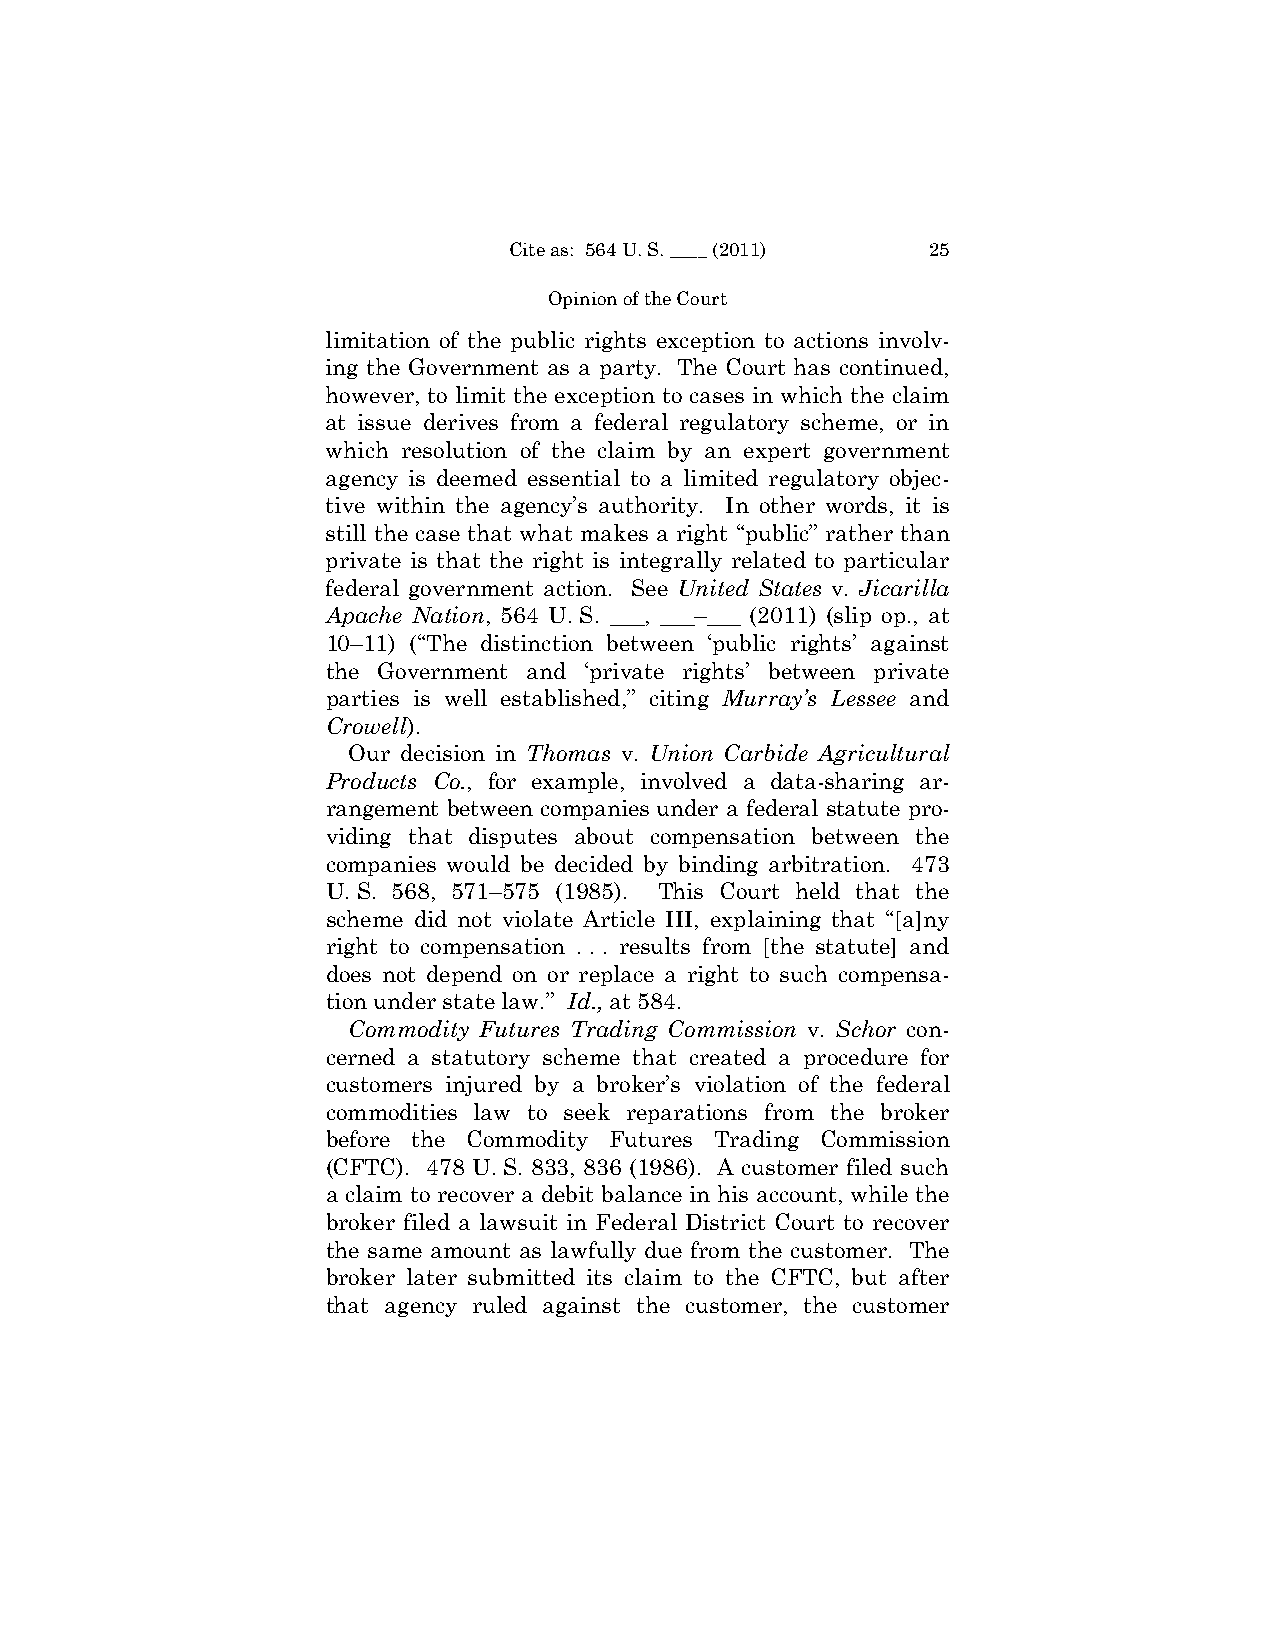
Cite as: 564 U. S. ____ (2011) 25
 Opinion of the Court
 limitation of the public rights exception to actions involv­
 ing the Government as a party. The Court has continued,
 however, to limit the exception to cases in which the claim
 at issue derives from a federal regulatory scheme, or in
 which resolution of the claim by an expert government
 agency is deemed essential to a limited regulatory objec­
 tive within the agency’s authority. In other words, it is
 still the case that what makes a right “public” rather than
 private is that the right is integrally related to particular
 federal government action. See United States v. Jicarilla
 Apache Nation, 564 U. S. ___, ___–___ (2011) (slip op., at
 10–11) (“The distinction between ‘public rights’ against
 the Government and ‘private rights’ between private
 parties is well established,” citing Murray’s Lessee and
 Crowell).
 Our decision in Thomas v. Union Carbide Agricultural
 Products Co., for example, involved a data-sharing ar­
 rangement between companies under a federal statute pro­
 viding that disputes about compensation between the
 companies would be decided by binding arbitration. 473
 U. S. 568, 571–575 (1985). This Court held that the
 scheme did not violate Article III, explaining that “[a]ny
 right to compensation . . . results from [the statute] and
 does not depend on or replace a right to such compensa­
 tion under state law.” Id., at 584.
 Commodity Futures Trading Commission v. Schor con­
 cerned a statutory scheme that created a procedure for
 customers injured by a broker’s violation of the federal
 commodities law to seek reparations from the broker
 before the Commodity Futures Trading Commission
 (CFTC). 478 U. S. 833, 836 (1986). A customer filed such
 a claim to recover a debit balance in his account, while the
 broker filed a lawsuit in Federal District Court to recover
 the same amount as lawfully due from the customer. The
 broker later submitted its claim to the CFTC, but after
 that agency ruled against the customer, the customer